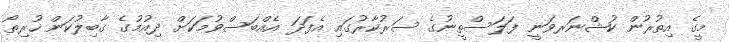
މީގެ އިތުރުން ކުޝްނަރވަނީ ފަލަސްތީނުގެ ސަރުކާރުގައި އެފަދަ އެއްބަސްވުމަކަށް ދިއުމުގެ ގާބިލުކަން ހުރިތޯ